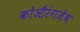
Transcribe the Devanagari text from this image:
कोऔरंगजेब